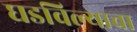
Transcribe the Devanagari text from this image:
घडविल्याचा